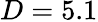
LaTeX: D=5.1